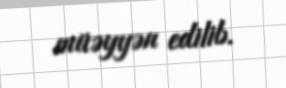
müəyyən edilib.